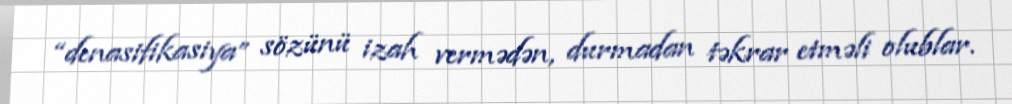
“denasifikasiya” sözünü izah vermədən, durmadan təkrar etməli olublar.